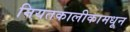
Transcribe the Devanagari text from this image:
नियतकालीकामधून